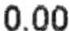
0.00